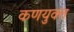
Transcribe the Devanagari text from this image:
कणयुक्त